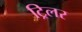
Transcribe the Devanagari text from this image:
ट्रिलर